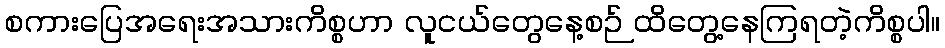
စကားပြေအရေးအသားကိစ္စဟာ လူငယ်တွေနေ့စဉ် ထိတွေ့နေကြရတဲ့ကိစ္စပါ။